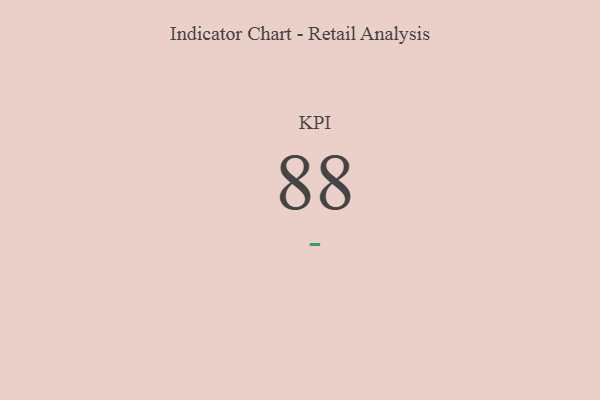
{"axis": {"x": "KPI", "y": "Value"}, "legend": [""], "data": [{"x": "KPI", "y": 88, "type": ""}]}